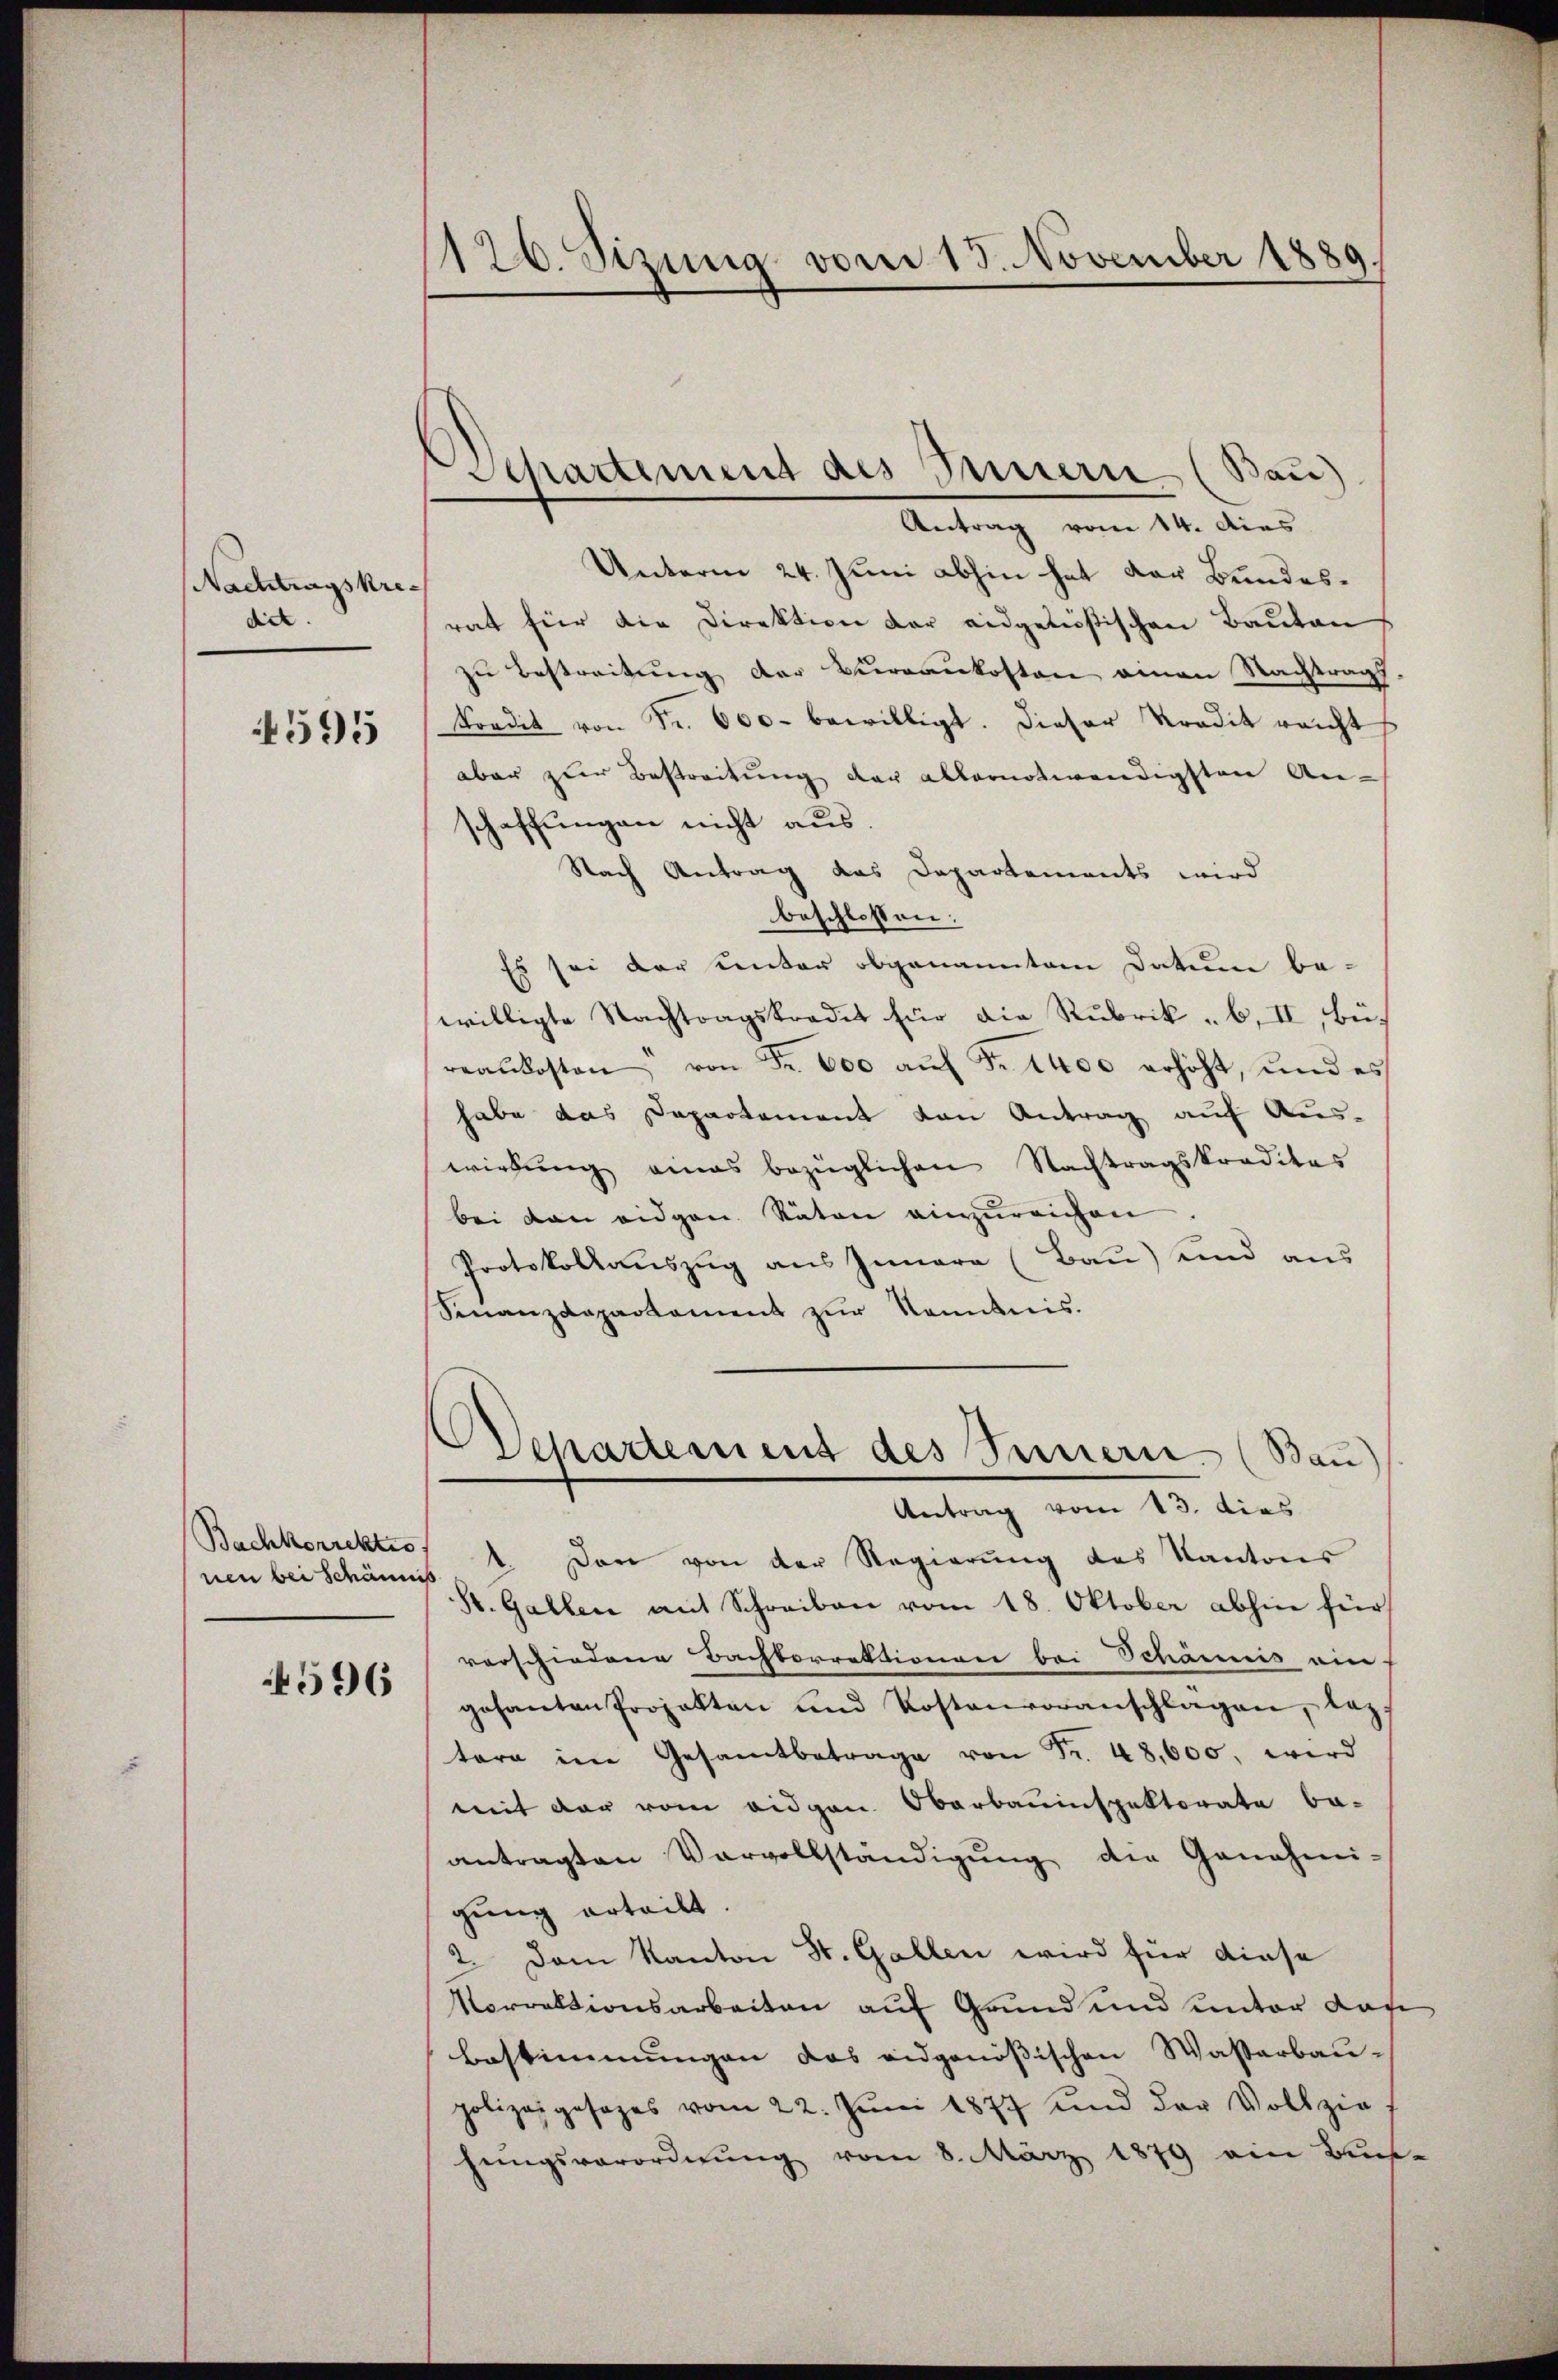
Nachtragskrediet

595

nen bei Schännis

4596

120. Sizung vom 18. November 1889.

Departement des Innern (Bau)
Antrag vom 14. dies

Unterm 24. Juni abhin hat der Bundesrat für die Direktion der eidgenößischen Bauten
zu Bestreitung der Bureaukosten einen Nachtrags.
Tordit von Fr. 600. bewilligt. Dieser Tradit reicht
aber zur Bestreitung der allernotwendigsten Anschaffungen nicht aus.
Nach Antrag das Departements wird
beschlossen:
Es sei der unter obgenanntem Datum be-
willigte Nachtragskradet für die Rubrik „6, II, Büreaŭkosten von Fr. 600 aŭf Fr. 1400 erhöht, und es
habe das Departement von Antrag auf Aus-
wirkung eines bezüglichen Nachtragskreditas
bei den eidgen. Räten einzureichen
Protokollauszug aus Innara (Bau) und aus
Finanzdepartament zur Kenntnis.
Departement des Innern. (Bau)
Antrag vom 13. dies
Bachkorrektes 1. Dann von der Regierung des Kantons
St. Gallen mit Schreiben vom 18. Oktober abhin für
verschiedene Bachkorrektionen bei Schanis ein-
gesanten Projekten und Kostenvoranschlägen, lag
tere im Gesamtbetrage von Fr. 48,600, wird
mit der vom eidgen. Oberbauinspektorate be-
antragten Vervollständigŭng die Genehmi-
gung erteilt.
2. Dem Kanton St. Gallen wird für diese
Vorrektionsarbeiten auf Grund und unter dase
Bestimmungen das eidgenössischen Wasserbau-
polizei gesages vom 22. Jŭni 1877 und der Vollzie
hungsverordnung vom 8. März 1879 ein Aus-